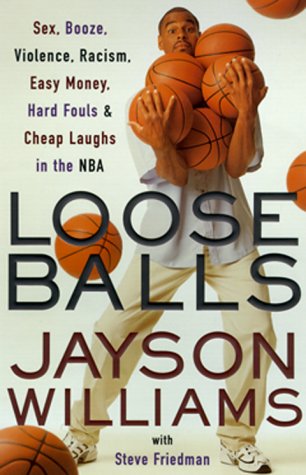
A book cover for Loose Balls: Easy Money, Hard Fouls, Cheap Laughs and True Love in the NBA; Jayson Williams; Sports & Outdoors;